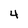
Character: 4